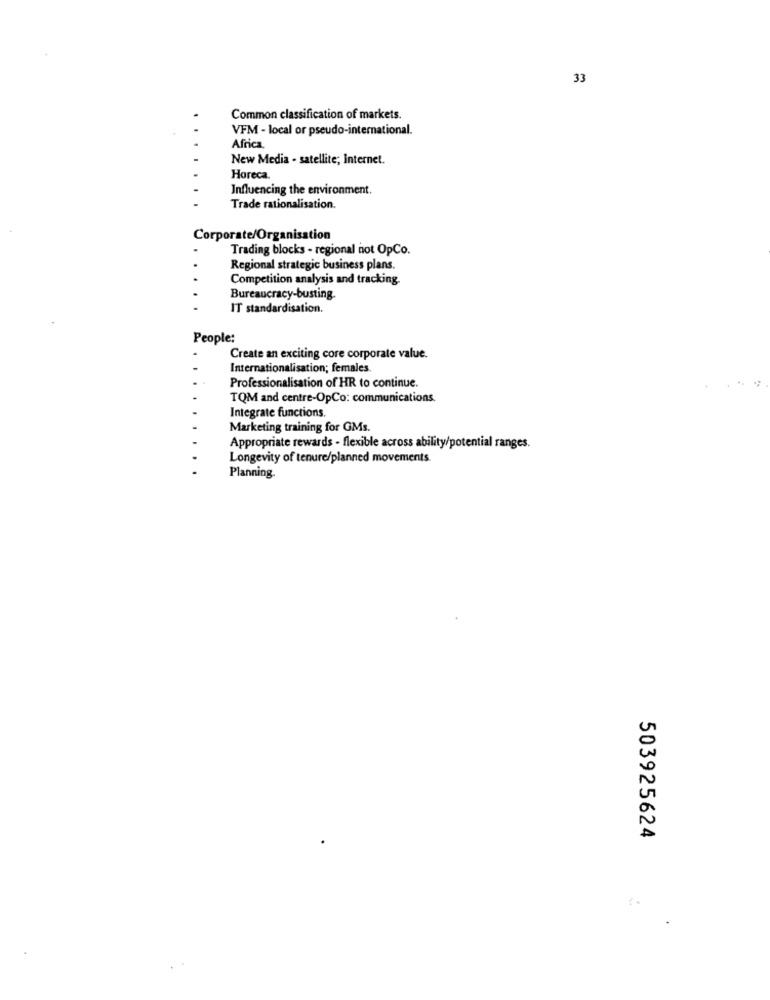
33
Common classification of markets.
VFM - local or pseudo-international.
Africa
New Media - satellite; Internet.
Horeca.
Influencing the environment.
Trade rationalisation.
Corporate/Organisation
Trading blocks - regional not OpCo.
Regional strategic business plans.
Competition analysis and tracking.
Bureaucracy-busting.
IT standardisation.
People:
Create an exciting core corporate value.
Internationalisation; females
Professionalisation of HR to continue.
TQM and centre-OpCo: communications.
Integrate functions.
Marketing training for GMs.
Appropriate rewards - flexible across ability/potential ranges.
Longevity of tenure/planned movements
Planning.
503925624